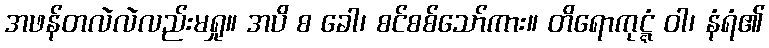
အဖန်တလဲလဲလည်းမရှု။ အပိ စ ခေါ၊ စင်စစ်သော်ကား။ တိရောကုဋ္ဋံ ဝါ၊ နံရံ၏